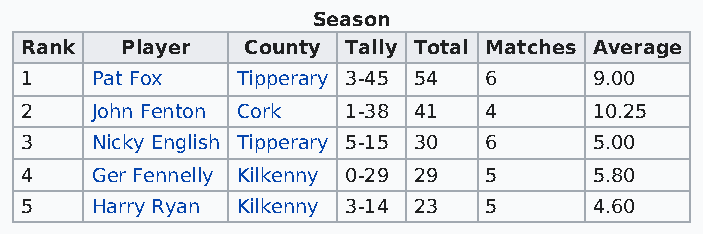
Season
 Rank   Player  County Tally Total Matches Average
 1    Pat Fox   Tipperary 3-45 54 6    9.00
 2    John Fenton Cork 1-38 41  4      10.25
 3    Nicky English Tipperary 5-15 30 6 5.00
 4    Ger Fennelly Kilkenny 0-29 29 5  5.80
 5    Harry Ryan Kilkenny 3-14 23 5    4.60